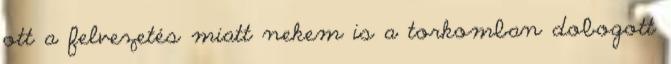
ott a felvezetés miatt nekem is a torkomban dobogott